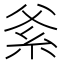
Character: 𱹭